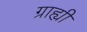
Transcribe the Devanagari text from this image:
ग्राह्यी